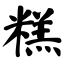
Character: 糕